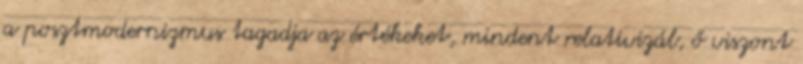
a posztmodernizmus tagadja az értékeket, mindent relativizál, ő viszont